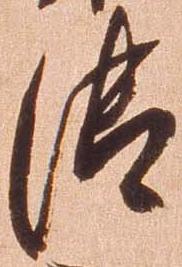
御